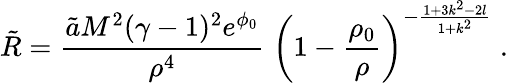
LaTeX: \tilde{R}=\frac{\tilde{a}M^{2}(\gamma-1)^{2}e^{\phi_{0}}}{\rho^{4}}\; \left(1-\frac{\rho_{0}}{\rho}\right)^{-\frac{1+3k^{2}-2l}{1+k^{2}}}\; .